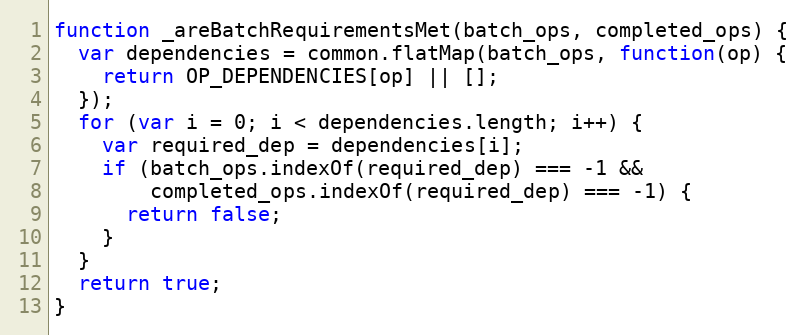
Language: JavaScript
function _areBatchRequirementsMet(batch_ops, completed_ops) {
  var dependencies = common.flatMap(batch_ops, function(op) {
    return OP_DEPENDENCIES[op] || [];
  });
  for (var i = 0; i < dependencies.length; i++) {
    var required_dep = dependencies[i];
    if (batch_ops.indexOf(required_dep) === -1 &&
        completed_ops.indexOf(required_dep) === -1) {
      return false;
    }
  }
  return true;
}